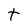
Character: t